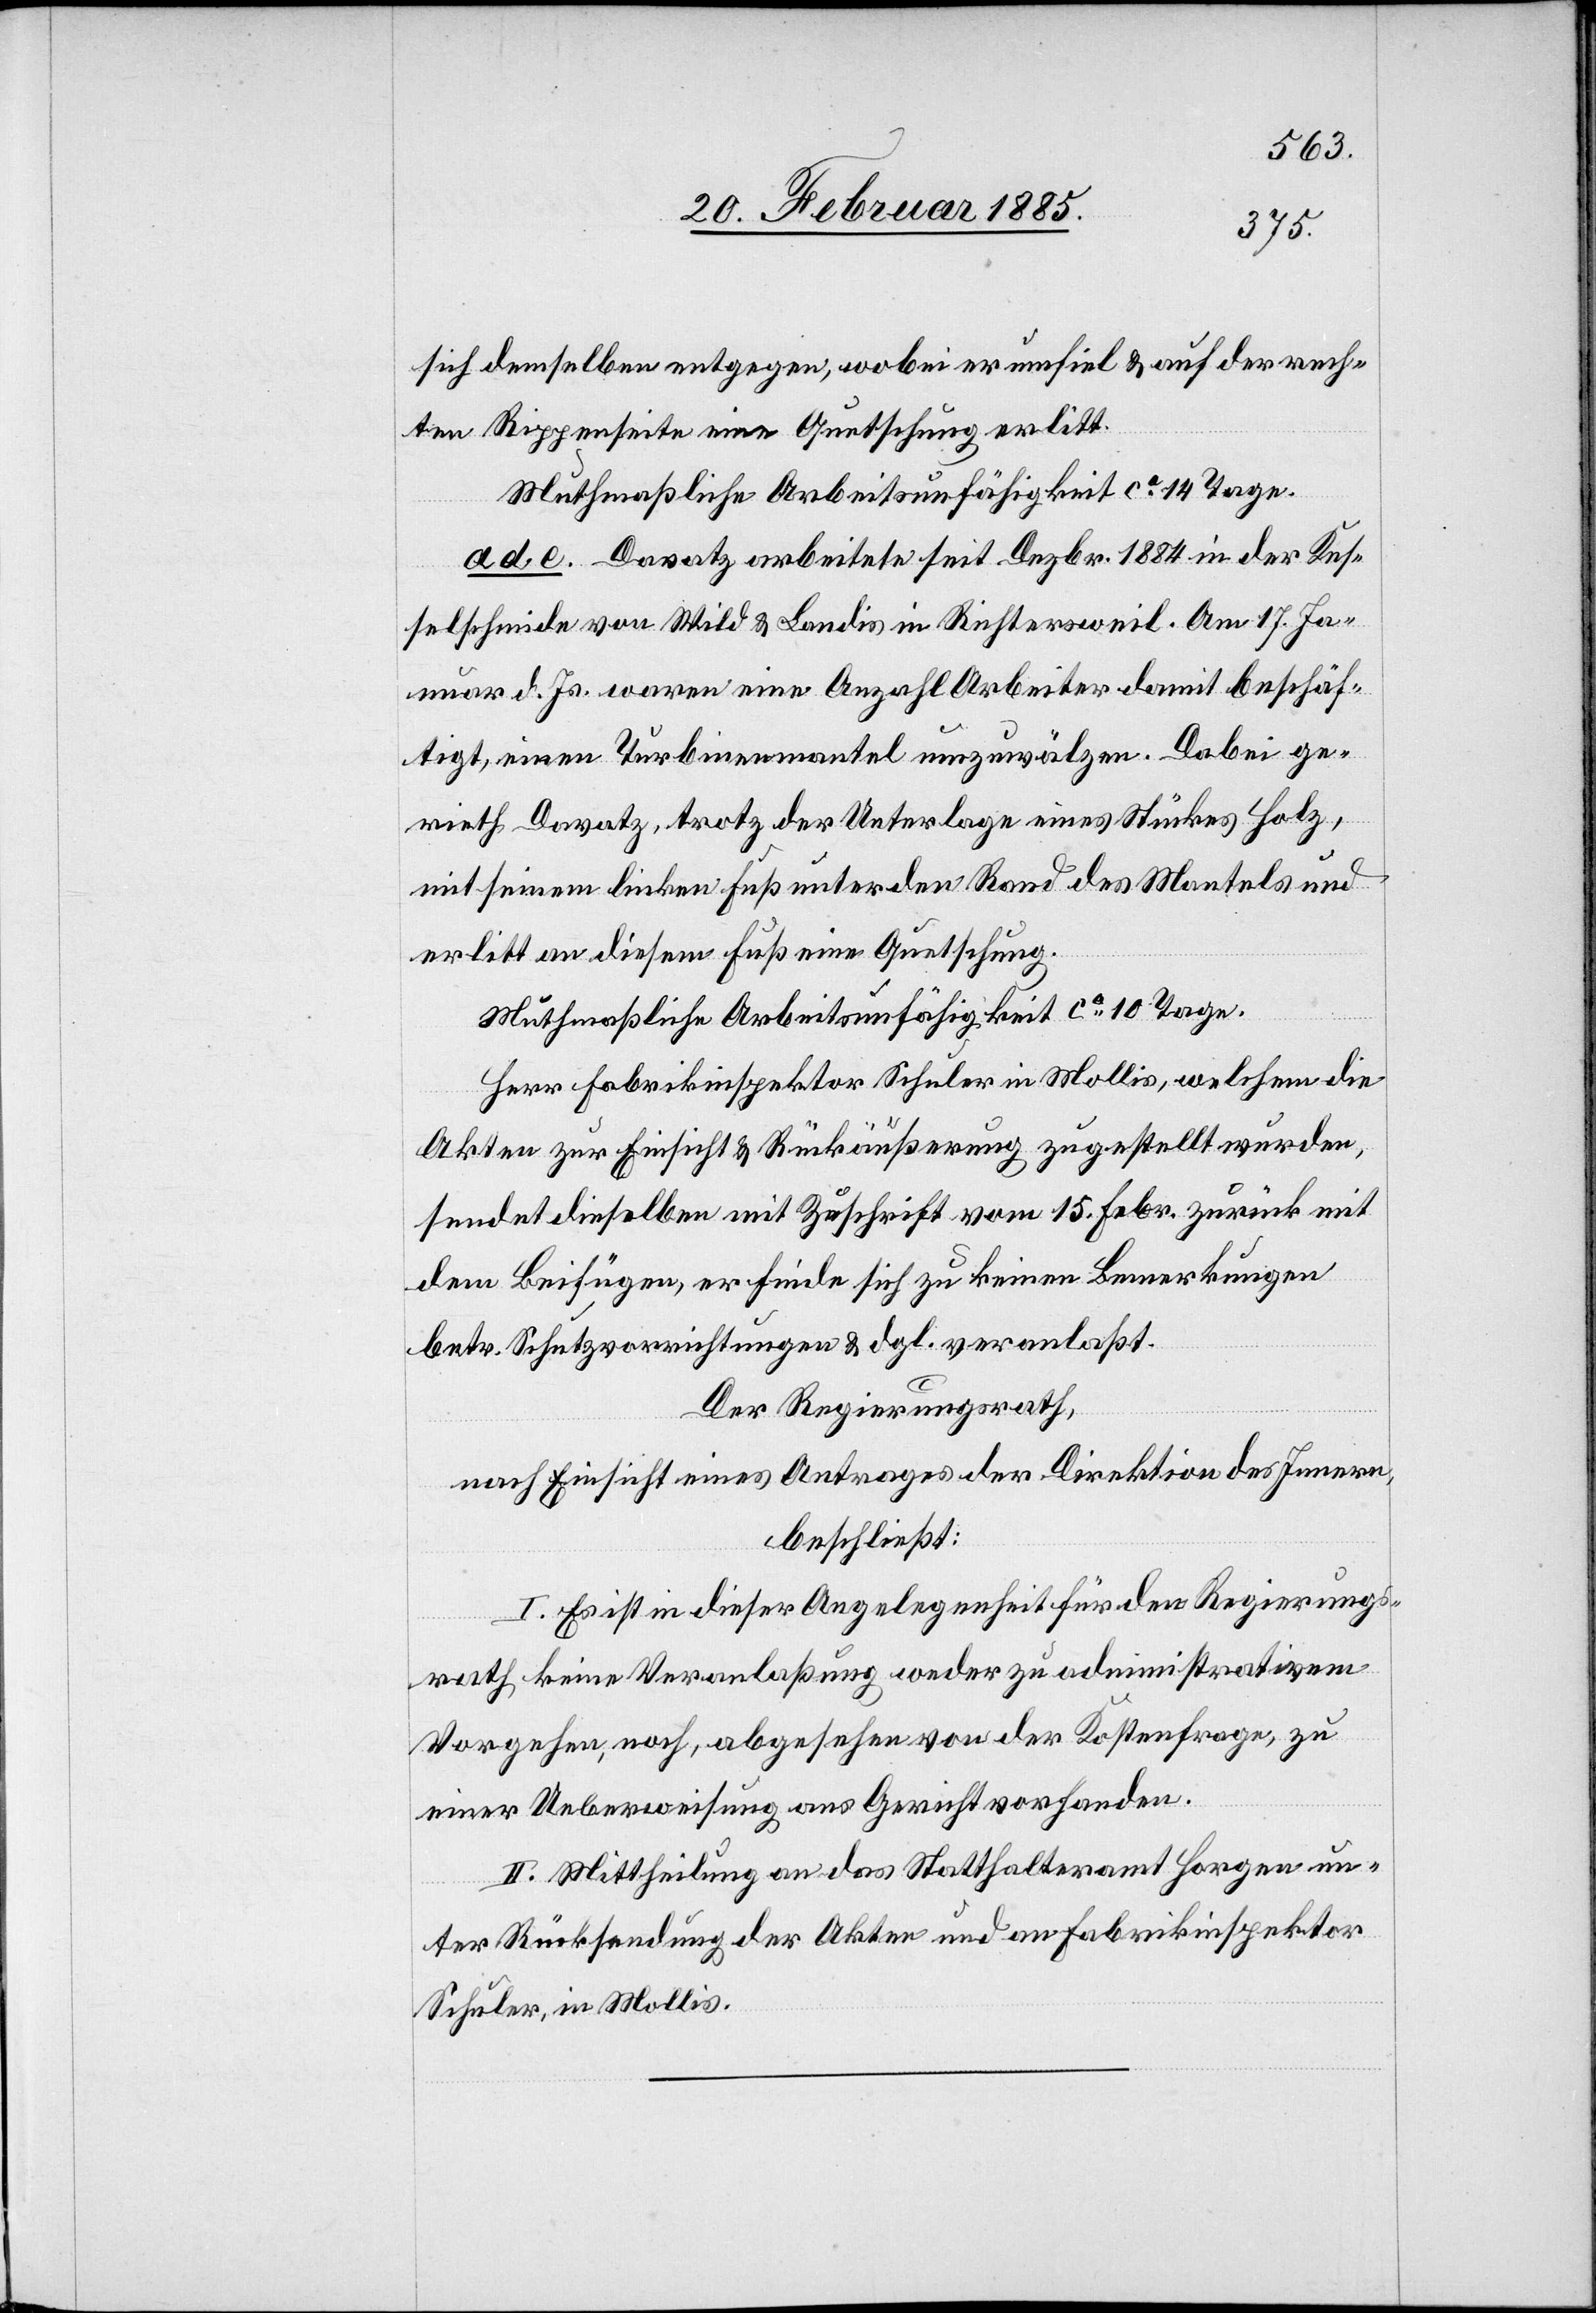
sich demselben entgegen, wobei er umfiel & auf der rech¬
ten Rippenseite eine Quetschung erlitt.
Muthmaßliche Arbeitsunfähigkeit ca 14 Tage.
ad e. Davatz arbeitete seit Dezbr. 1884 in der Kes¬
selschmide von Wild & Landis in Richtersweil. Am 17. Ja¬
nuar d. Js. waren eine Anzahl Arbeiter damit beschäf¬
tigt, einen Turbinenmantel umzuwälzen. Dabei ge¬
rieth Davatz, trotz der Unterlage eines Stückes Holz,
mit seinem linken Fuß unter den Rand des Mantels und
erlitt an diesem Fuß eine Quetschung.
Muthmaßliche Arbeitsunfähigkeit ca 10 Tage.
Herr Fabrikinspektor Schuler in Mollis, welchem die
Akten zur Einsicht & Rückäußerung zugestellt wurden,
sendet dieselben mit Zuschrift vom 15. Febr. zurück mit
dem Beifügen, er finde sich zu keinen Bemerkungen
betr. Schutzvorrichtungen & dgl. veranlaßt.
Der Regierungsrath,
nach Einsicht eines Antrages der Direktion des Innern,
beschließt:
I. Es ist in dieser Angelegenheit für den Regierungs¬
rath keine Veranlaßung weder zu administrativem
Vorgehen, noch, abgesehen der Kostenfrage, zu
einer Ueberweisung ans Gericht vorhanden.
II. Mittheilung an das Statthalteramt Horgen un¬
ter Rücksendung der Akten und an Fabrikinspektor
Schuler, in Mollis.